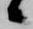
候